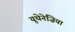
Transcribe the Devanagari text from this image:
यूथेनेज़िया